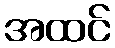
အထင်